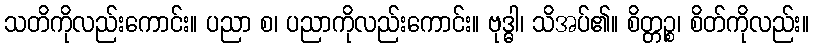
သတိကိုလည်းကောင်း။ ပညာ စ၊ ပညာကိုလည်းကောင်း။ ဗုဒ္ဓါ၊ သိအပ်၏။ စိတ္တဉ္စ၊ စိတ်ကိုလည်း။